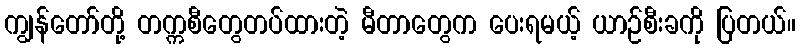
ကျွန်တော်တို့ တက္ကစီတွေတပ်ထားတဲ့ မီတာတွေက ပေးရမယ့် ယာဉ်စီးခကို ပြတယ်။